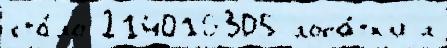
ста́ло 214016305 лопа́тк'и л